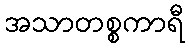
အသာတစ္စကာရီ